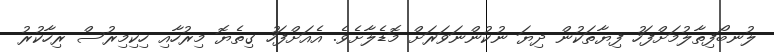
ލުނބޯފިތާލުމަށްފަހު ފިޔާތަކުން ދިޔަ ނުކުންނަވަރަށް މޮޑެލާށެވެ. އެއަށްފަހު ގިތެޔޮ މިރުހާއި ހިކިމިރުސް ރިހާކުރު